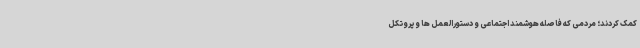
کمک کردند؛ مردمی که فاصله هوشمند اجتماعی و دستورالعمل ها و پروتکل